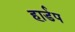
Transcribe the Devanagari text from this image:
हार्डप